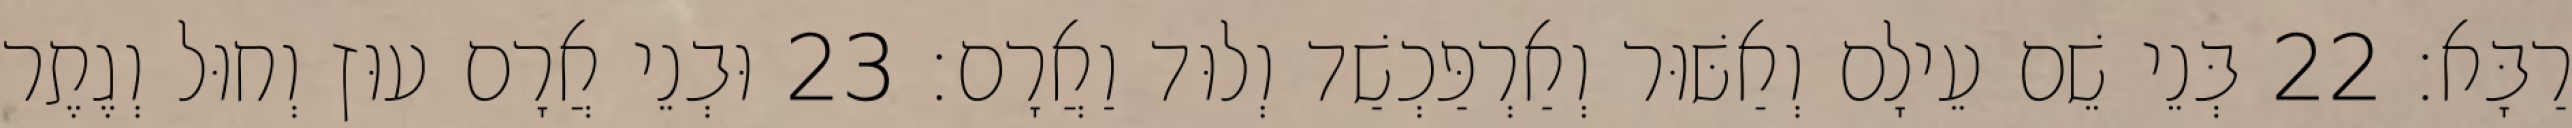
רַבָּא׃ 22 בְּנֵי שֵׁם עֵילָם וְאַשּׁוּר וְאַרְפַּכְשַׁד וְלוּד וַאֲרָם׃ 23 וּבְנֵי אֲרָם עוּץ וְחוּל וְגֶתֶר